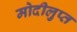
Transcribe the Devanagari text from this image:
मोदीलुप्त